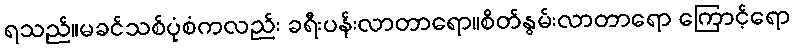
ရသည်။မခင်သစ်ပုံစံကလည်း ခရီးပန်းလာတာရော။စိတ်နွမ်းလာတာရော ကြောင့်ရော